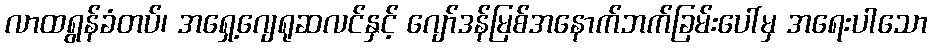
လာထရွန်ခံတပ်၊ အရှေ့ဂျေရုဆလင်နှင့် ဂျော်ဒန်မြစ်အနောက်ဘက်ခြမ်းပေါ်မှ အရေးပါသော